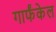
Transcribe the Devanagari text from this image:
गार्फंकेल